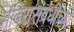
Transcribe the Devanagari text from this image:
मंदिरासंबंधीच्या